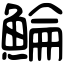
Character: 鯩